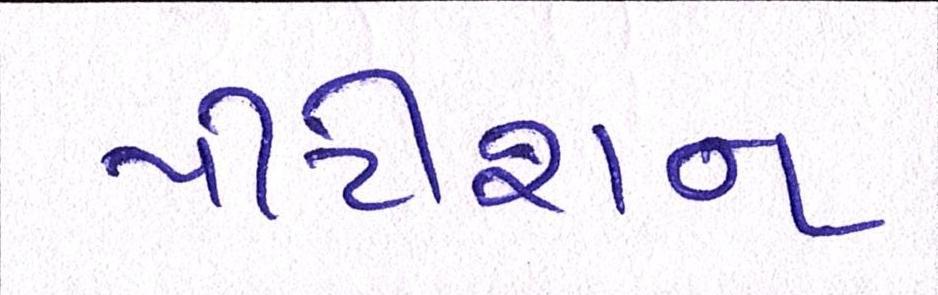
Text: પીટીશન